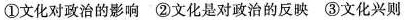
①文化对政治的影响 ②文化是对政治的反映 ③文化兴则